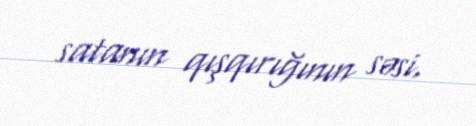
satanın qışqırığının səsi.